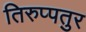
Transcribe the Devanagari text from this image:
तिरुप्पतुर